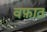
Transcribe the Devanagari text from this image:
वफ़ात